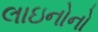
લાઇનોનો